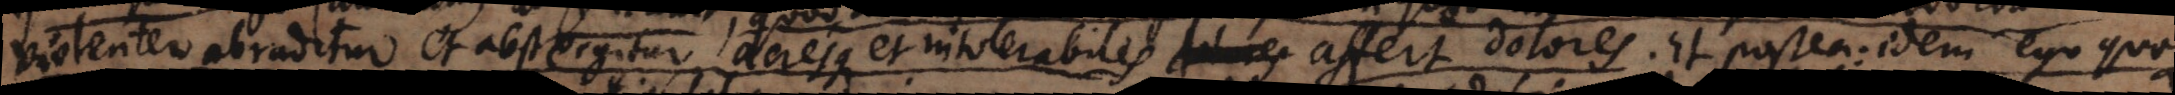
violenter abraditur et abstergitur, acresque et intolerabiles affert dolores. Et postea: Idem ego